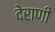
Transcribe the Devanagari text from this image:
देराणी